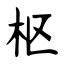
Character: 枢